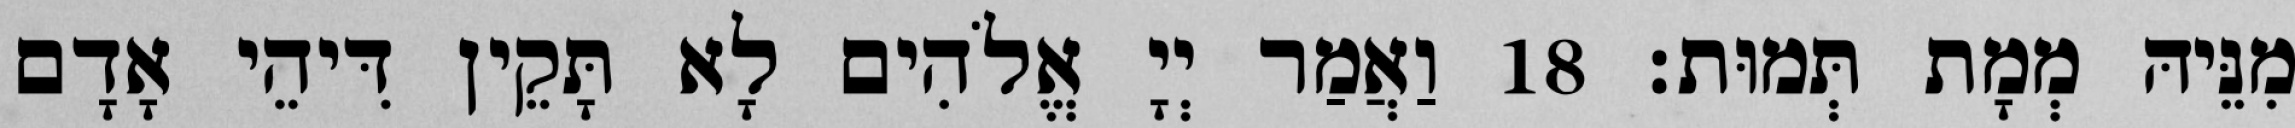
מִנֵּיהּ מְמָת תְּמוּת׃ 18 וַאֲמַר יְיָ אֱלֹהִים לָא תָּקֵין דִּיהֵי אָדָם